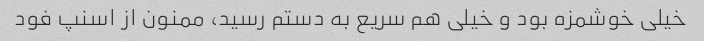
خیلی خوشمزه بود و خیلی هم سریع به دستم رسید، ممنون از اسنپ فود